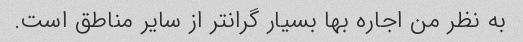
به نظر من اجاره بها بسیار گرانتر از سایر مناطق است.